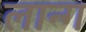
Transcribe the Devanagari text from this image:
लान्ग